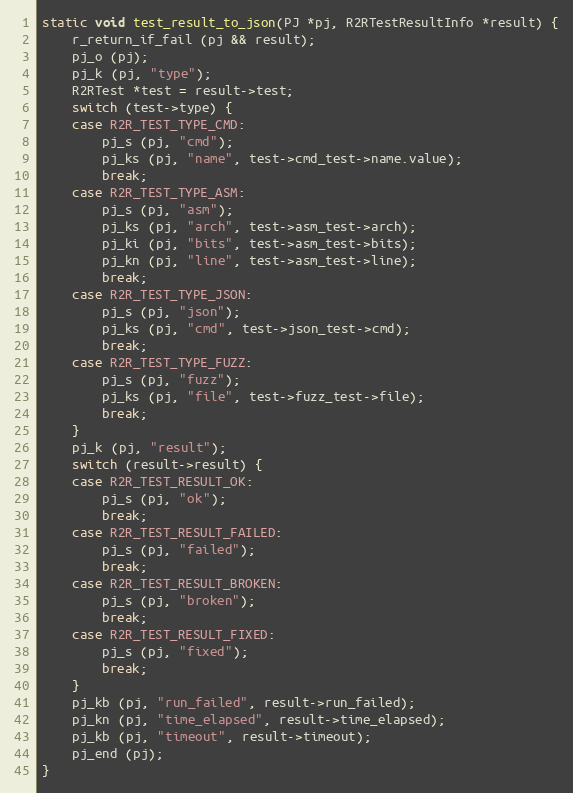
Language: C
static void test_result_to_json(PJ *pj, R2RTestResultInfo *result) {
	r_return_if_fail (pj && result);
	pj_o (pj);
	pj_k (pj, "type");
	R2RTest *test = result->test;
	switch (test->type) {
	case R2R_TEST_TYPE_CMD:
		pj_s (pj, "cmd");
		pj_ks (pj, "name", test->cmd_test->name.value);
		break;
	case R2R_TEST_TYPE_ASM:
		pj_s (pj, "asm");
		pj_ks (pj, "arch", test->asm_test->arch);
		pj_ki (pj, "bits", test->asm_test->bits);
		pj_kn (pj, "line", test->asm_test->line);
		break;
	case R2R_TEST_TYPE_JSON:
		pj_s (pj, "json");
		pj_ks (pj, "cmd", test->json_test->cmd);
		break;
	case R2R_TEST_TYPE_FUZZ:
		pj_s (pj, "fuzz");
		pj_ks (pj, "file", test->fuzz_test->file);
		break;
	}
	pj_k (pj, "result");
	switch (result->result) {
	case R2R_TEST_RESULT_OK:
		pj_s (pj, "ok");
		break;
	case R2R_TEST_RESULT_FAILED:
		pj_s (pj, "failed");
		break;
	case R2R_TEST_RESULT_BROKEN:
		pj_s (pj, "broken");
		break;
	case R2R_TEST_RESULT_FIXED:
		pj_s (pj, "fixed");
		break;
	}
	pj_kb (pj, "run_failed", result->run_failed);
	pj_kn (pj, "time_elapsed", result->time_elapsed);
	pj_kb (pj, "timeout", result->timeout);
	pj_end (pj);
}